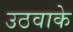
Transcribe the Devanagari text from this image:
उठवाके